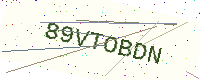
Text: 89VTOBDN